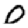
Digit: 0